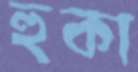
হুকা